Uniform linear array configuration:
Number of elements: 32
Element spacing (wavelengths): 1
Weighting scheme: uniform
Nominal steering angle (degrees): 30
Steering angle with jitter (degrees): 29.326
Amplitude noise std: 0.05
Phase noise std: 0.05

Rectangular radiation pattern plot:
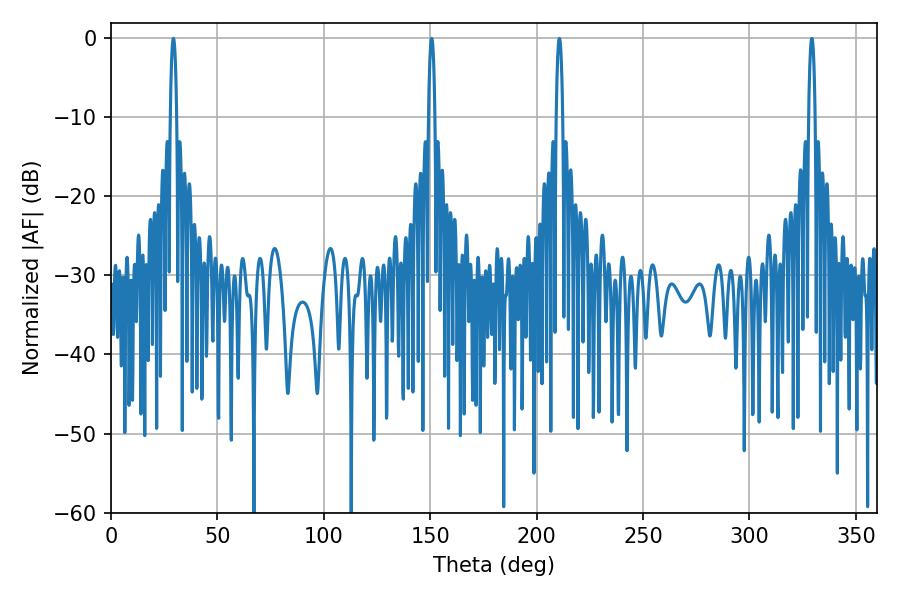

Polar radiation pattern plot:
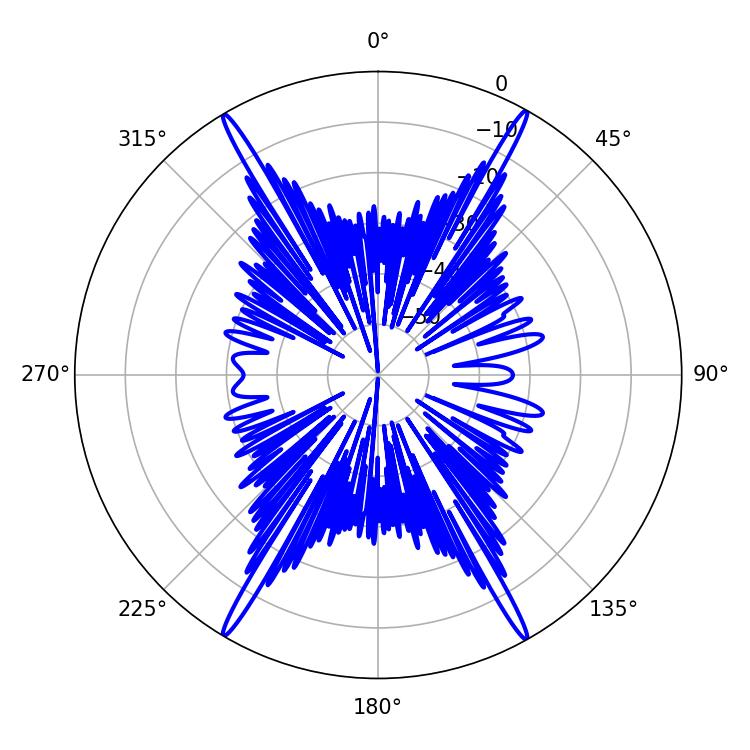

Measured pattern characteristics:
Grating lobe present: TRUE
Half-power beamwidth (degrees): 1.62
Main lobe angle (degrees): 150.66